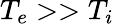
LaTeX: T_{e}>>T_{i}